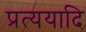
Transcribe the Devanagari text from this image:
प्रत्ययादि